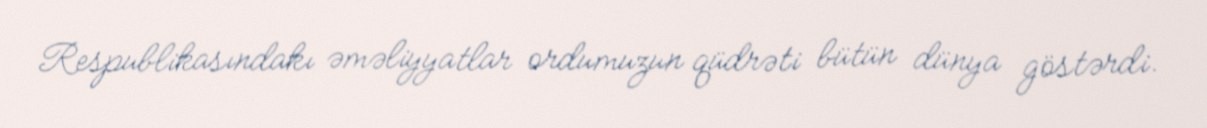
Respublikasındakı əməliyyatlar ordumuzun qüdrəti bütün dünya göstərdi.